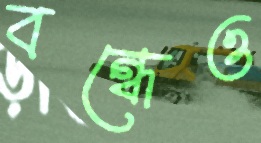
বন্ধেও